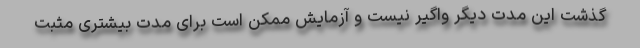
گذشت این مدت دیگر واگیر نیست و آزمایش ممکن است برای مدت بیشتری مثبت